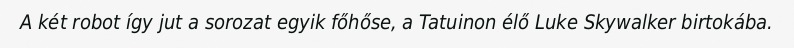
A két robot így jut a sorozat egyik főhőse, a Tatuinon élő Luke Skywalker birtokába.